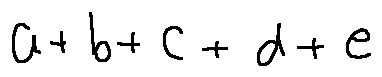
a + b + c + d + e